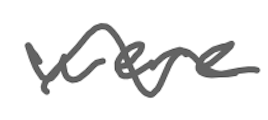
Text: were
Cross-out: wave
Writing tool: digital_gray